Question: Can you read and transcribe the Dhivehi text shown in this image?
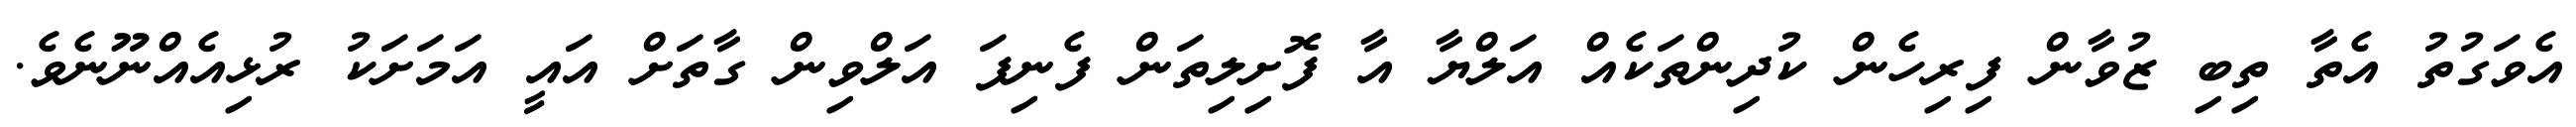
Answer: އެވަގުތު އެތާ ތިބި ޒުވާން ފިރިހެން ކުދިންތަކެއް އަލްޔާ އާ ފޮށިލިތަން ފެނިފަ އަލްވިން ގާތަށް އައީ އަމަށަކު ރުޅިއެއްނޫނެވެ.